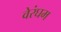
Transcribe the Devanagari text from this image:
वेरंघम